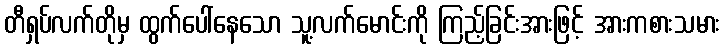
တီရှပ်လက်တိုမှ ထွက်ပေါ်နေသော သူ့လက်မောင်းကို ကြည့်ခြင်းအားဖြင့် အားကစားသမား